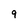
Character: g